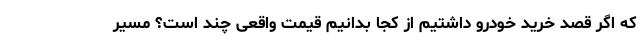
که اگر قصد خرید خودرو داشتیم از کجا بدانیم قیمت واقعی چند است؟ مسیر